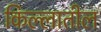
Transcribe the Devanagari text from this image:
किल्लातील